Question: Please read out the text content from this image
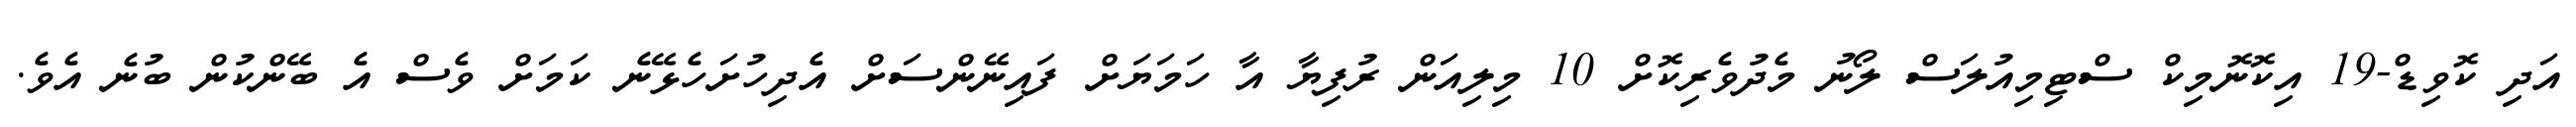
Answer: އަދި ކޮވިޑް-19 އިކޮނޮމިކް ސްޓިމިއުލަސް ލޯނު މެދުވެރިކޮށް 10 މިލިއަން ރުފިޔާ އާ ހަމަޔަށް ފައިނޭންސަށް އެދިހުށަހެޅޭނެ ކަމަށް ވެސް އެ ބޭންކުން ބުނެ އެވެ.